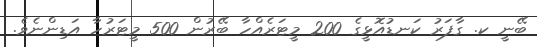
ބޭނީ ކ. ގާފަރު ކަނޑުއޮޅީގެ 200 މީޓަރެއްހާ ބޭރުން 500 މީޓަރުހާ އަޑިންނެވެ.